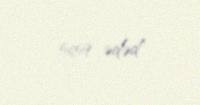
5659 ədəd